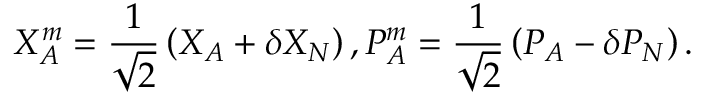
X _ { A } ^ { m } = \frac { 1 } { \sqrt { 2 } } \left( { { X } _ { A } } + \delta { { X } _ { N } } \right) , P _ { A } ^ { m } = \frac { 1 } { \sqrt { 2 } } \left( { { P } _ { A } } - \delta { { P } _ { N } } \right) .